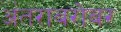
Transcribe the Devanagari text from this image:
अंतराबरोबर